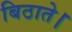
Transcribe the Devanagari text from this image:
बिठाते।